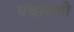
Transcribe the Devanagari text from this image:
पंचास्यो